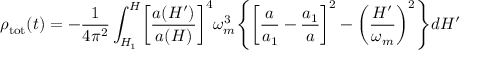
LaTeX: \rho _ { \mathrm { t o t } } ( t ) = - \frac { 1 } { 4 \pi ^ { 2 } } \int _ { H _ { 1 } } ^ { H } \biggl [ \frac { a ( H ^ { \prime } ) } { a ( H ) } \biggr ] ^ { 4 } \omega _ { m } ^ { 3 } \Biggl \{ \biggl [ \frac { a } { a _ { 1 } } - \frac { a _ { 1 } } { a } \biggr ] ^ { 2 } - \biggl ( \frac { H ^ { \prime } } { \omega _ { m } } \biggr ) ^ { 2 } \Biggr \} d H ^ { \prime }